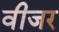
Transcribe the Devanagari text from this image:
वीजर